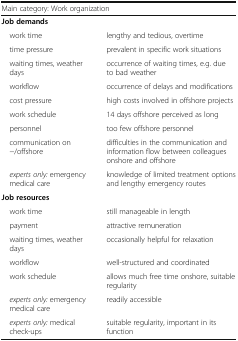
| <COLSPAN=2> Main category: Work organization |
 | --- | --- |
 | <COLSPAN=2> Job demands |
 | work time | lengthy and tedious, overtime |
 | time pressure | prevalent in specific work situations |
 | waiting times, weather days | occurrence of waiting times, e.g. due to bad weather |
 | workflow | occurrence of delays and modifications |
 | cost pressure | high costs involved in offshore projects |
 | work schedule | 14 days offshore perceived as long |
 | personnel | too few offshore personnel |
 | communication on−/offshore | difficulties in the communication and information flow between colleagues onshore and offshore |
 | experts only: emergency medical care | knowledge of limited treatment options and lengthy emergency routes |
 | <COLSPAN=2> Job resources |
 | work time | still manageable in length |
 | payment | attractive remuneration |
 | waiting times, weather days | occasionally helpful for relaxation |
 | workflow | well-structured and coordinated |
 | work schedule | allows much free time onshore, suitable regularity |
 | experts only: emergency medical care | readily accessible |
 | experts only: medical check-ups | suitable regularity, important in its function |